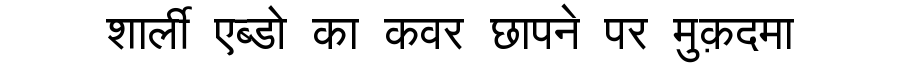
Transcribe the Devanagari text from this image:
शार्ली एब्डो का कवर छापने पर मुक़दमा